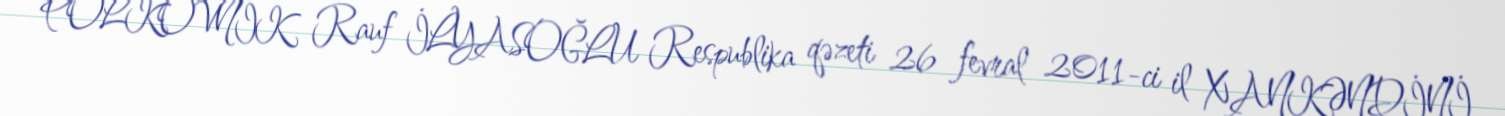
POLKOVNİK Rauf İLYASOĞLU Respublika qəzeti 26 fevral 2011-ci il XANKƏNDİNİ